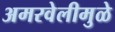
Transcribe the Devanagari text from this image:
अमरवेलीमुळे